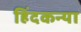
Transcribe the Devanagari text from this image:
हिंदकन्या